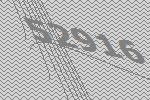
52916